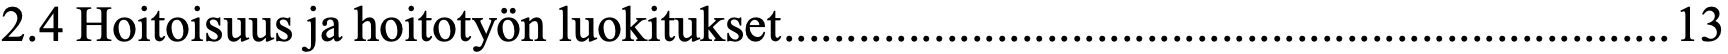
2.4 Hoitoisuus ja hoitotyön luokitukset ....................................................................... 13